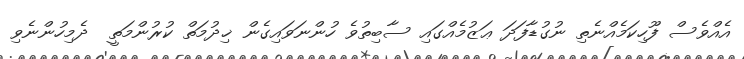
އެއްވެސް ފޫހިކަމެއްނެތި ނުގުޑާފަދަ ޢަޒުމެއްގައި ސާބިތުވެ ހުންނަވައިގެން ޚިދުމަތް ކުރުންމަތީ  ދެމިހުންނެވި